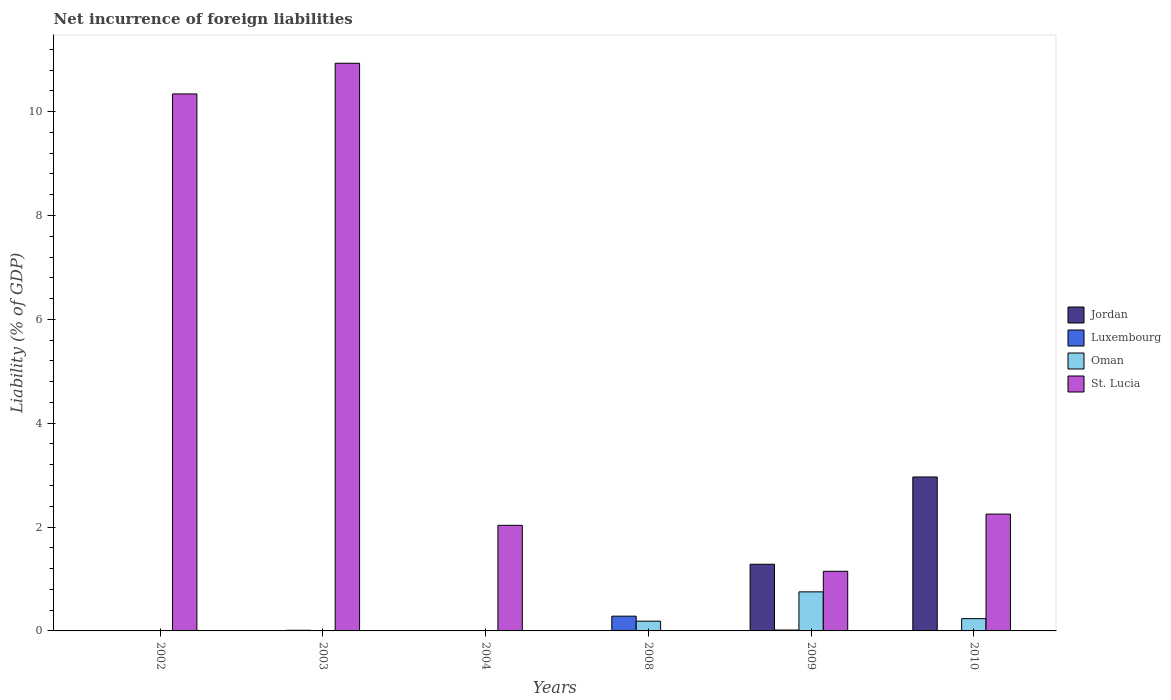
| Years | Jordan | Luxembourg | Oman | St. Lucia |
 | --- | --- | --- | --- | --- |
 | 2002 | -0.412 | 0.00727 | -2.96 | 10.3 |
 | 2003 | -3.79 | 0.0128 | -1.91 | 10.9 |
 | 2004 | -2.99 | -0.157 | -0.892 | 2.03 |
 | 2008 | -11.2 | 0.284 | 0.188 | -0.143 |
 | 2009 | 1.28 | 0.0171 | 0.752 | 1.15 |
 | 2010 | 2.96 | 0.00759 | 0.236 | 2.25 |